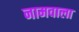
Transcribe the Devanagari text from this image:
नामवाला